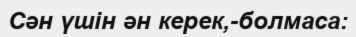
Сән үшін ән керек,-болмаса: